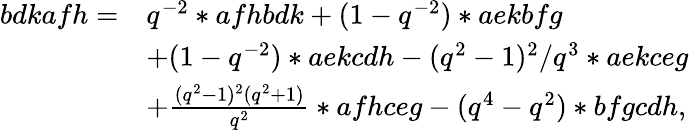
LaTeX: \begin{array}{rl}{bdkafh=}&{q^{-2}*afhbdk+(1-q^{-2})*aekbfg}\\ &{+(1-q^{-2})*aekcdh-(q^{2}-1)^{2}/q^{3}*aekceg}\\ &{+\frac{(q^{2}-1)^{2}(q^{2}+1)}{q^{2}}*afhceg-(q^{4}-q^{2})*bfgcdh,}\end{array}